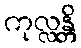
ကုလ္လန္တိ